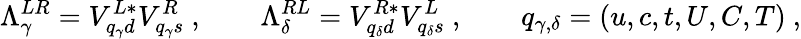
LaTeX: \Lambda_{\gamma}^{LR}=V_{{q_{\gamma}}d}^{L*}V_{{q_{\gamma}}s}^{R}\ ,\qquad\Lambda_{\delta}^{RL}=V_{{q_{\delta}}d}^{R*}V_{{q_{\delta}}s}^{L}\ ,\qquad q_{\gamma,\delta}=(u,c,t,U,C,T)\ ,